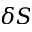
\delta S